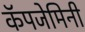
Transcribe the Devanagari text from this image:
कॅपजेमिनी